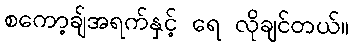
စကော့ချ်အရက်နှင့် ရေ လိုချင်တယ်။